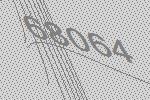
68064